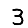
Digit: 3